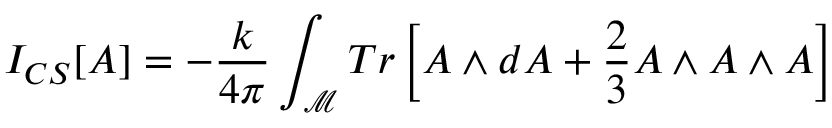
I _ { C S } [ A ] = - \frac { k } { 4 \pi } \int _ { \mathcal { M } } T r \left[ A \wedge d A + \frac { 2 } { 3 } A \wedge A \wedge A \right]